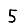
Digit: 5